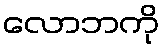
လောဘကို